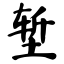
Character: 堑